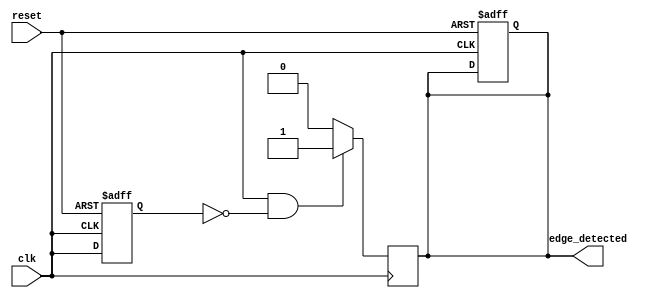
module edge_detector (
    input wire clk,           // Input signal to detect rising edge
    input wire reset,         // Asynchronous reset
    output reg edge_detected   // Output pulse for rising edge detection
);

    reg previous_state;       // Register to hold the previous state of the input signal

    // D Flip-Flop to store the previous state of the input signal
    always @(posedge clk or posedge reset) begin
        if (reset) begin
            previous_state <= 1'b0; // Initialize to low on reset
            edge_detected <= 1'b0;   // Ensure output is low on reset
        end else begin
            previous_state <= clk;   // Sample the input signal
        end
    end

    // Edge detection logic
    always @(posedge clk) begin
        if (clk && !previous_state) begin
            edge_detected <= 1'b1;   // Rising edge detected
        end else begin
            edge_detected <= 1'b0;    // Clear output pulse
        end
    end

endmodule